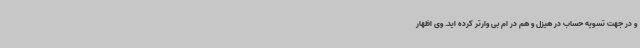
و در جهت تسویه حساب در هیزل و هم در ام بی وارتر کرده اید. وی اظهار